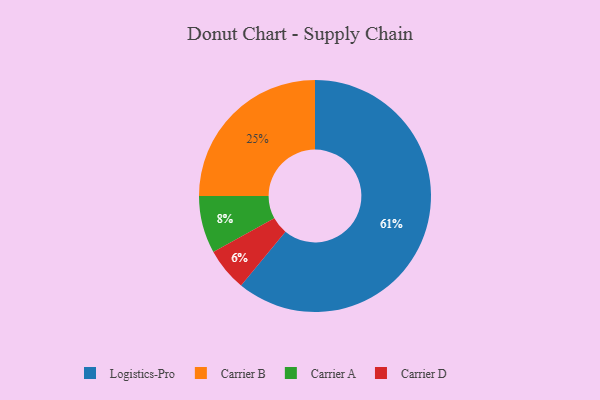
{"axis": {"x": "Category", "y": "Percentage"}, "legend": ["Carrier A", "Carrier B", "Carrier D", "Logistics-Pro"], "data": [{"x": "Carrier A", "y": 8, "type": "Carrier A"}, {"x": "Carrier D", "y": 6, "type": "Carrier D"}, {"x": "Carrier B", "y": 25, "type": "Carrier B"}, {"x": "Logistics-Pro", "y": 61, "type": "Logistics-Pro"}]}